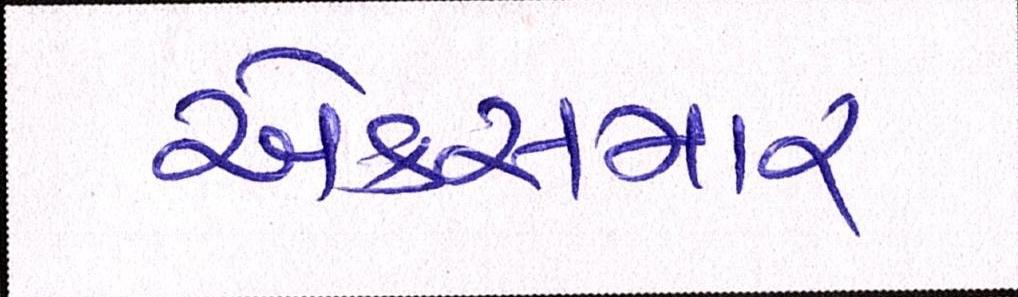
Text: એક્સમાર